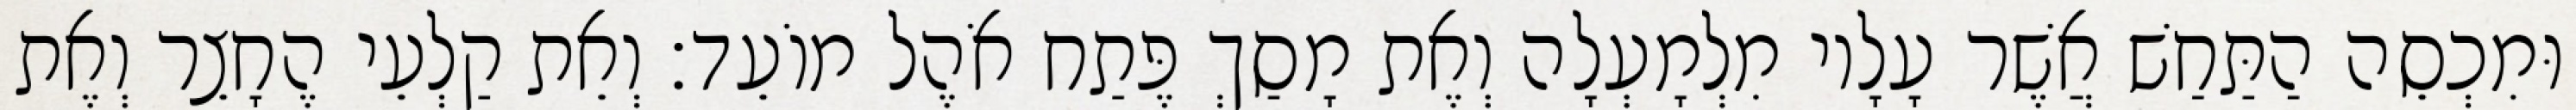
וּמִכְסֵה הַתַּחַשׁ אֲשֶׁר עָלָיו מִלְמָעְלָה וְאֶת מָסַךְ פֶּתַח אֹהֶל מוֹעֵד׃ וְאֵת קַלְעֵי הֶחָצֵר וְאֶת